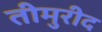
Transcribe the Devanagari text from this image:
तीमुरीद